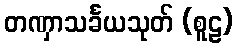
တဏှာသင်္ခယသုတ် (စူဠ)